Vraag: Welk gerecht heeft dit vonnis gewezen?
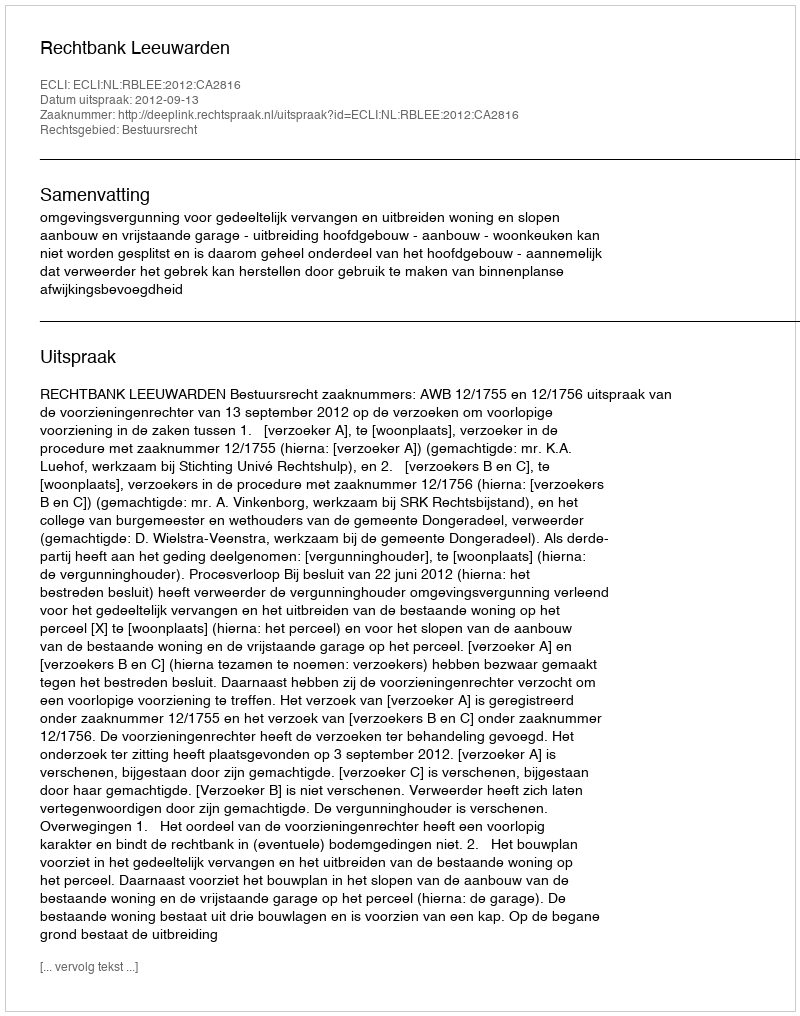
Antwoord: Rechtbank Leeuwarden